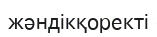
жәндікқоректі